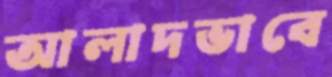
আলাদভাবে